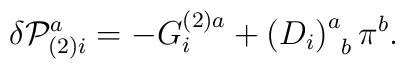
\delta {\cal P}_{(2)i}^a=-G_i^{(2)a}+\left( D_i\right)_{\;\;b}^a\pi ^b.